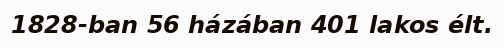
1828-ban 56 házában 401 lakos élt.